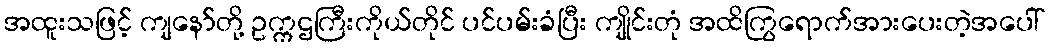
အထူးသဖြင့် ကျနော်တို့ ဥက္ကဌကြီးကိုယ်တိုင် ပင်ပမ်းခံပြီး ကျိုင်းတုံ အထိကြွရောက်အားပေးတဲ့အပေါ်